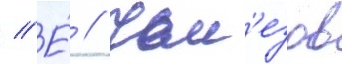
// Е́ // Чем'езов